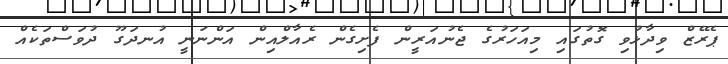
ޕެރޭޒް ވިދާޅުވި ގޮތުގައި މިއަހަރުގެ ޖެނުއަރީން ފެށިގެން ރެއާލްއިން އަންނަނީ އުނދަގޫ ދުވަސްތަކެއް